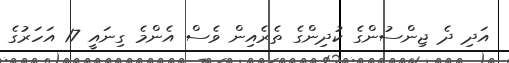
އަދި ދެ ޖިންސުންގެ ކުދިންގެ ތެރެއިން ވެސް އެންމެ ގިނައީ 17 އަހަރުގެ